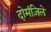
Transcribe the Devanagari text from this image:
दोमंज़िले